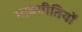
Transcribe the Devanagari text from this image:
भावगीतियों